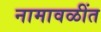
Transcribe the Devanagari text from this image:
नामावळींत